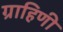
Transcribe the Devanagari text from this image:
ग्राहिणी